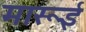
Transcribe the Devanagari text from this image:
मारूई